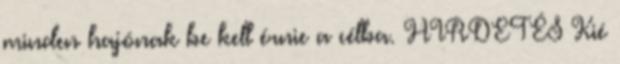
minden hajónak be kell érnie a célba. HIRDETÉS Kié